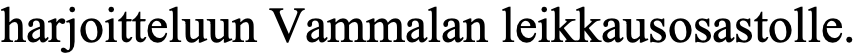
harjoitteluun Vammalan leikkausosastolle.